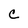
Character: C